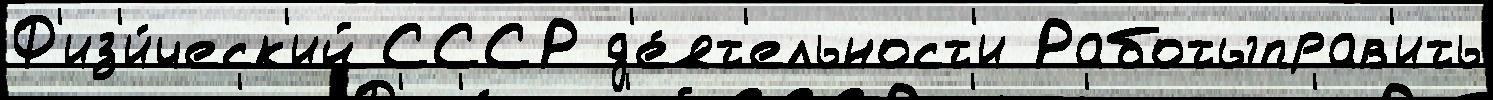
Ф'из'и́ческ'ий СССР д'е́ят'ельност'и Работыправ'ить